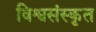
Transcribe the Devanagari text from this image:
विश्वसंस्कृत